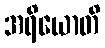
အရိယောတိ